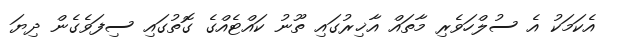
އެކަމަކު އެ ސުލްހަވެރި މާތައް އާޚިރުގައި ތޫނު ކައްޓެއްގެ ގޮތުގައި ސިފަވެގެން ދިޔަ